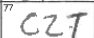
Transcription: CZT